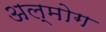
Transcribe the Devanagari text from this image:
अल्मोग